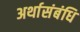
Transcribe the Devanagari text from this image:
अर्थासंबंधि